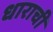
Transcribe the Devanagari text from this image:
धाराची